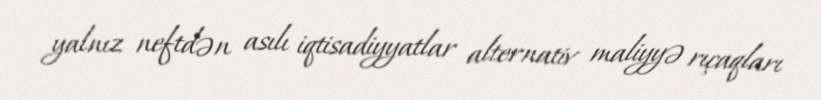
yalnız neftdən asılı iqtisadiyyatlar alternativ maliyyə rıçaqları